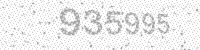
Solution: 935995